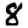
Digit: 8